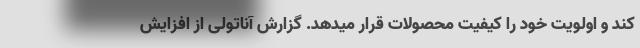
کند و اولویت خود را کیفیت محصولات قرار میدهد. گزارش آناتولی از افزایش